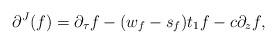
LaTeX: \begin{align*}\partial^J(f) = \partial_{\tau}f - (w_f-s_f) t_1 f - c \partial_zf,\end{align*}